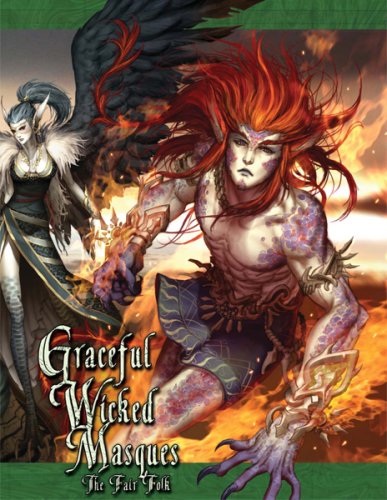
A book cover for Graceful Wicked Masques - The Fair Folk: The Manual Of Exalted Power; Alan Alexander; Science Fiction & Fantasy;